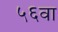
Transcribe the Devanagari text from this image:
५६वा